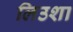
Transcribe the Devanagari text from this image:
लिउशा